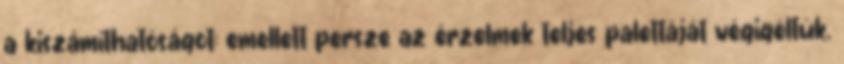
a kiszámíthatóságot; emellett persze az érzelmek teljes palettáját végigéltük.